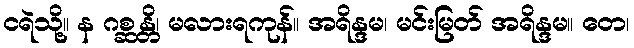
ငရဲသို့။ န ဂစ္ဆန္တိ၊ မလားရကုန်။ အရိန္ဒမ၊ မင်းမြတ် အရိန္ဒမ။ တေ၊